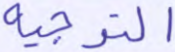
التوجيه